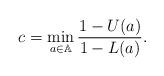
LaTeX: \begin{align*}c=\min\limits_{a\in\mathbb{A}}\frac{1-U(a)}{1-L(a)}.\end{align*}